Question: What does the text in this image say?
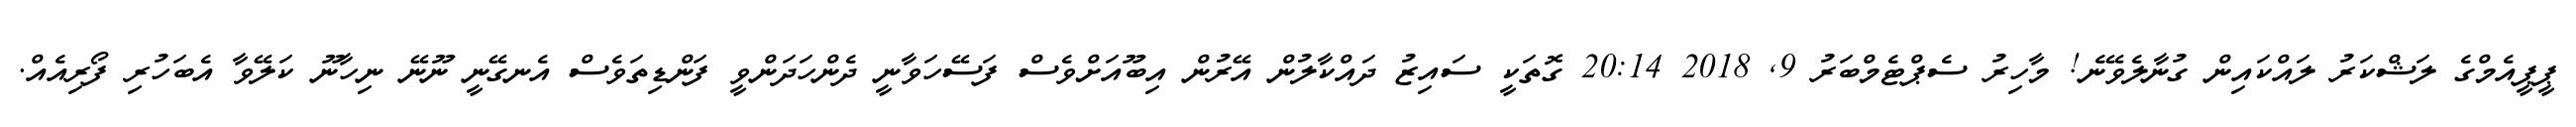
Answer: ޕީޕީއެމްގެ ލަޝްކަރު ލައްކައިން ގުނާލެވޭނެ! މާހިރު ސެޕްޓެމްބަރު 9, 2018 20:14 ގޮތަކީ ސައިޒު ދައްކާލުން އޭރުން އިބޫއަށްވެސް ފަސޭހަވާނީ ދެންހަދަންވީ ފަންޑިތަވެސް އެނގޭނީ ނޫނޭ ނިހާނޫ ކަލޭވާ އެބަހުރި ފޯރިއެއް.